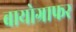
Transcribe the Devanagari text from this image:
बायोग्राफर